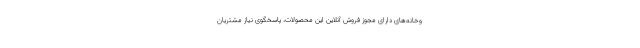
وخانه‌های دارای مجوز فروش آنلاین این محصولات، پاسخگوی نیاز مشتریان